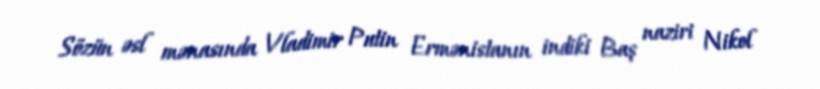
Sözün əsl mənasında Vladimir Putin Ermənistanın indiki Baş naziri Nikol